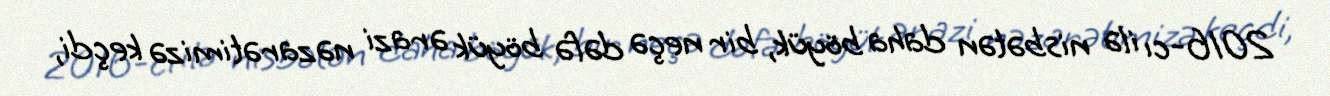
2016-cı ilə nisbətən daha böyük, bir neçə dəfə böyük ərazi nəzarətimizə keçdi,